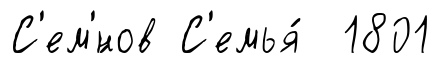
С'ем'́нов С'емья́ 1801